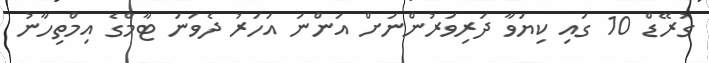
ގުރޭޑް 10 ގައި ކިޔަވާ ދަރިވަރުންނަށް އަންނަ އަހަރު ދެވަނަ ޓާމްގެ އިމްތިހާނު